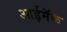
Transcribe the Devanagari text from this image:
आईमॅक